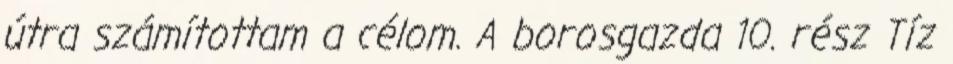
útra számítottam a célom. A borosgazda 10. rész Tíz